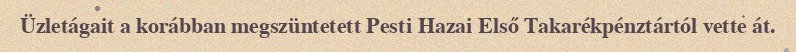
Üzletágait a korábban megszüntetett Pesti Hazai Első Takarékpénztártól vette át.